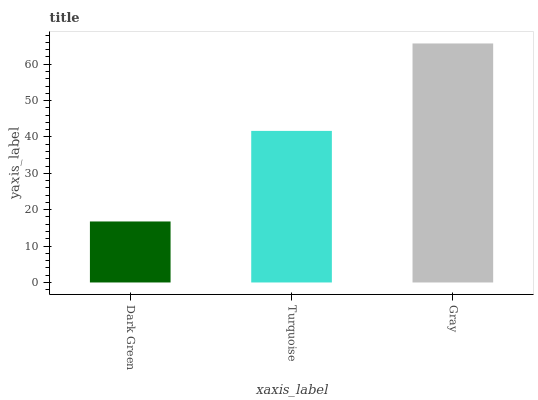
| xaxis_label | bars |
 | --- | --- |
 | Dark Green | 16.8 |
 | Turquoise | 41.7 |
 | Gray | 65.7 |